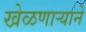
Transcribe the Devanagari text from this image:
खेळणार्‍याने